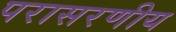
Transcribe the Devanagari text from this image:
परासरणीय